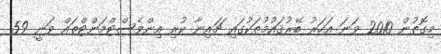
މިގޮތުން 2010 ވަނަ އަހަރު ބޭރުޤައުމުތަކުގައި ޗައިނާ ކުރި އިންވެސްޓްމަންޓްތައް ވަނީ 59